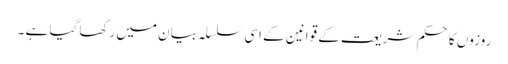
روزوں کا حکم شریعت کے قوانین کے اسی سلسلہ بیان میں رکھا گیا ہے ۔